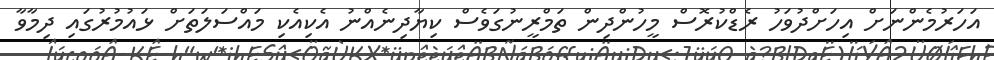
އަހަރުމެންނަށް އިހަށްދުވަހު ރެޑްކުރޮސް މީހުންދިން ތަމްރީނުގަވެސް ކިޔާދިނެއްނު އެކިއެކި މައްސަލަތަށް ޅައުމުރުގައި ދިމާވާ